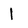
Character: l